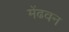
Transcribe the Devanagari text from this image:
मेंढवन